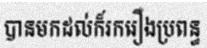
បានមកដល់ក៏រករឿងប្រពន្ធ